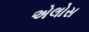
એલોસ